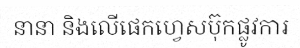
នានា និងលើផេកហ្វេសប៊ុកផ្លូវការ